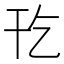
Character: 𫷔